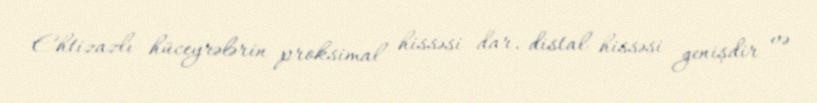
Ehtizazlı hüceyrələrin proksimal hissəsi dar, distal hissəsi genişdir və